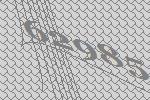
62985